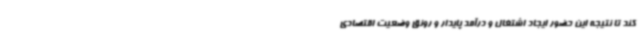
کند تا نتیجه این حضور ایجاد اشتغال و درآمد پایدار و رونق وضعیت اقتصادی